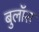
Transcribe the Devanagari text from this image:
बुलॉस